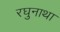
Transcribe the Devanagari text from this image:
रघुनाथा